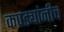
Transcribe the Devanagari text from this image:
कपड्यांनीच